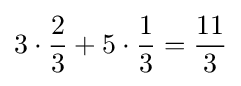
3\cdot {\frac {2}{3}}+5\cdot {\frac {1}{3}}={\frac {11}{3}}